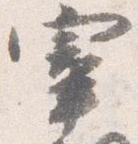
宰